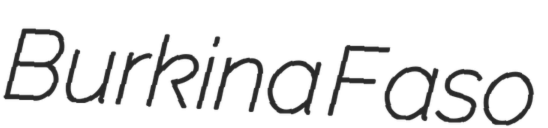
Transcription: Burkina Faso